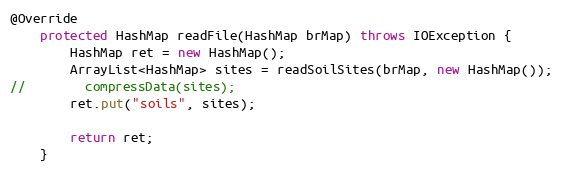
Language: Java
@Override
    protected HashMap readFile(HashMap brMap) throws IOException {
        HashMap ret = new HashMap();
        ArrayList<HashMap> sites = readSoilSites(brMap, new HashMap());
//        compressData(sites);
        ret.put("soils", sites);

        return ret;
    }